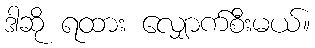
ဒါဆို ရထား လျှောက်စီးမယ်။